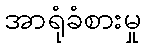
အာရုံခံစားမှု